Vaccination report Assam 1874-1896 - 1874-1896
Year: 1874
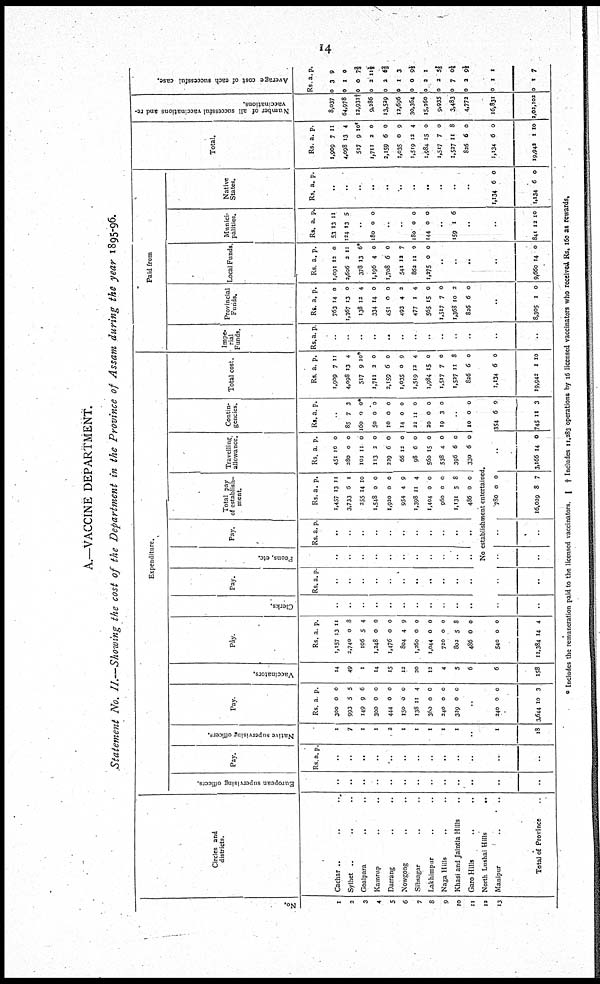
14
A.—VACCINE DEPARTMENT.
Statement No. II.—Showing the cost of the Department in the Province of Assam during the year 1895-96.
No.
1
2
3
4
5
6
7
8
9
10
11
12
13
Circles and
districts.
Cachar .. .. ..
Sylhet .. .. ..
Goalpara .. ..
Kamrup .. ..
Darrang .. ..
Nowgong .. ..
Sibsagar .. ..
Lakhimpur .. ..
Naga Hills .. ..
Khasi and Jaintia Hills ..
Garo Hills .. ..
North Lushai Hills
..
Manipur
..
..
Total of Province ..
Expenditure.
European supervising officers.
..
..
..
..
..
..
..
..
..
..
..
..
..
Pay.
Rs. a. p.
..
..
..
..
..
..
..
..
..
..
..
..
..
Native supervising officers.
1
7
1
1
2
1
1
1
1
1
..
1
18
Pay.
Rs.
300
993
149
300
444
150
138
360
240
329
a.
0
5
9
0
0
0
11
0
0
0
p.
0
5
6
0
0
0
4
0
0
0
..
240
3,644
0
10
0
3
Vaccinators.
14
49
1
14
15
12
20
12
4
5
6
6
158
Pay.
Rs.
1,157
2,740
106
1,248
1,476
804
1,260
1,044
720
802
486
a.
13
0
5
0
0
4
0
0
0
5
0
p.
11
8
4
0
0
9
0
0
0
8
0
540
12,384
0
14
0
4
Clerks.
..
..
..
..
..
..
..
..
..
..
..
Pay.
Rs. a. p.
..
..
..
..
..
..
..
..
..
..
..
Peons, etc.
..
..
..
..
..
..
..
..
..
..
..
Pay.
Rs. a. p.
..
..
..
..
..
..
..
..
..
..
..
Total pay
of establish
ment.
Rs.
1,457
3,733
255
1,548
1,920
954
1,398
1,404
960
1,131
486
a.
13
6
14
0
0
4
11
0
0
5
0
p.
11
1
10
0
0
9
4
0
0
8
0
Travelling
allowance.
Rs.
451
280
101
113
229
66
98
560
538
396
330
a.
10
0
11
2
6
12
6
15
4
6
6
p.
0
0
0
0
0
0
0
0
0
0
0
Contin
gencies.
Rs. a. p.
..
85
160
50
10
14
22
20
19
7
0
0
0
0
11
0
3
3
0*
0
0
0
0
0
0
..
10 0 0
No establishment entertained.
..
..
..
..
..
..
..
..
780
16,029
0
8
0
7
..
3,166 14 0
354
745
6
11
0
3
Total cost.
Rs.
1,909
4,098
517
1,711
2,159
1,035
1,519
1,984
1,517
1,527
826
a.
7
13
9
2
6
0
12
15
7
11
6
p.
11
4
10*
0
0
9
4
0
0
8
0
1,134
19,942
6
1
0
10
Paid from
Impe¬
rial
Funds.
Rs. a. p.
..
..
..
..
..
..
..
..
..
..
..
..
..
Provincial
Funds.
Rs.
763
1,367
138
334
451
493
477
565
1,517
1,368
826
a.
14
13
12
14
0
4
1
15
7
10
6
p.
0
0
4
0
0
2
4
0
0
2
0
..
8,305 1 0
Local Funds.
Rs.
1,091
2,606
378
1,196
1,708
541
862
1,275
a.
12
2
13
4
6
12
11
0
p.
0
11
6*
0
0
7
0
0
..
..
..
..
9,660 14 0
Munici
palities.
Rs.
53
124
a.
13
13
p.
11
5
..
180 0 0
..
..
180
144
0
0
0
0
..
159 1 6
..
..
841 12 10
Native
States.
Rs. a. p.
..
..
..
..
..
...
..
..
..
..
..
1,134
1,134
6
6
0
0
Total.
Rs.
1,909
4,098
517
1,711
2,159
1,035
1,519
1,984
1,517
1,527
826
a.
7
13
9
2
6
0
12
15
7
11
6
p.
11
4
10*
0
0
9
4
0
0
8
0
1,134
19,942
6
1
0
10
Number of all successful vaccinations and re¬
vaccinations.
8,037
64,978
12,931†
9,286
13,529
12,696
30,364
15,260
9,935
3,483
4,772
16,831
2,02,102
Average cost of each successful case.
Rs.
0
0
0
0
0
0
0
0
0
0
0
a.
3
1
0
2
3
1
0
2
2
7
2
p.
9
0
7⅔
11⅓
6⅔
3
9⅔
1
5 1/5
0¼
9½
0
0
1
1
1
7
* Includes the remuneration paid to the licensed vaccinators.
† Includes 11,283 operations by 16 licensed vaccinators who received Rs. 160 as rewards.